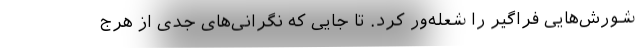
شورش‌هایی فراگیر را شعله‌ور کرد. تا جایی که نگرانی‌های جدی از هرج